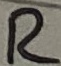
Text: R